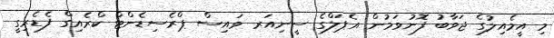
މި އީމެއިލުގެ ޖަވާބު ފޮނުވަމުން އެޕަލްގެ ސީނިއަރ ވައިސް ޕްރެސިޑެންޓް ކްރެއިގް ފެޑެރިގީ